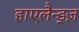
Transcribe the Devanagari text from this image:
हाएलैन्ड्ज़